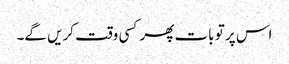
اس پر تو بات پھر کسی وقت کریں گے۔